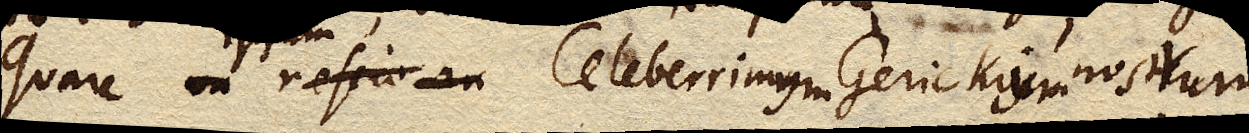
Quare nescio an Celeberrimus Gerickius noster